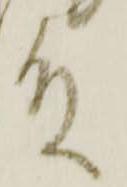
殿